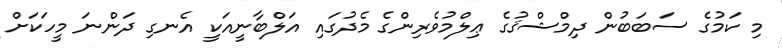
މި ކަމުގެ ސަބަބުން ދިމްޝްޤުގެ ޢިލްމުވެރިންގެ މެދުގައި އަލްބާނީއަކީ އެނގި ދަންނަ މީހަކަށް